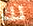
لك